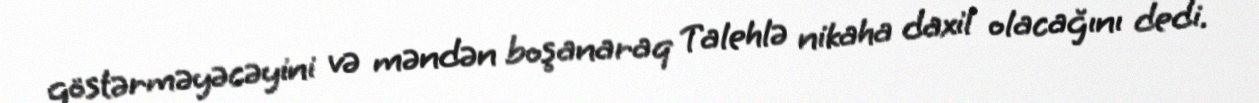
göstərməyəcəyini və məndən boşanaraq Talehlə nikaha daxil olacağını dedi.